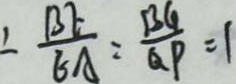
\therefore \frac { B E } { E A } = \frac { B G } { Q P } = 1